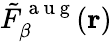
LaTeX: \tilde{F}_{\beta}^{\mathrm{~a~u~g~}}(\mathbf{r})